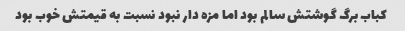
کباب برگ گوشتش سالم بود اما مزه دار نبود نسبت به قیمتش خوب بود